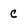
Character: c